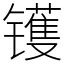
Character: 镬